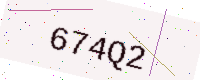
Text: 674Q2